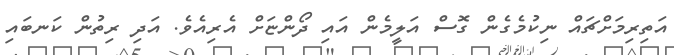
އަތިރިމަށްޗައް ނިކުމެގެން ގޮސް އަލީމެން އައި ދޯންޏަށް އެރިއެވެ. އަދި ރިތުން ކަނބައި